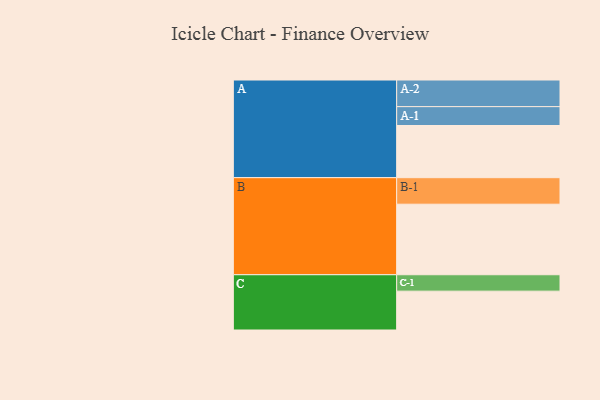
{"axis": {"x": "Segment", "y": "Value"}, "legend": ["", "A", "B", "C"], "data": [{"x": "A", "y": 423, "type": ""}, {"x": "B", "y": 572, "type": ""}, {"x": "C", "y": 315, "type": ""}, {"x": "A-1", "y": 153, "type": "A"}, {"x": "A-2", "y": 216, "type": "A"}, {"x": "B-1", "y": 215, "type": "B"}, {"x": "C-1", "y": 133, "type": "C"}]}